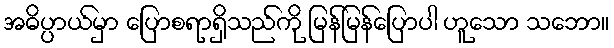
အဓိပ္ပာယ်မှာ ပြောစရာရှိသည်ကို မြန်မြန်ပြောပါ ဟူသော သဘော။